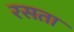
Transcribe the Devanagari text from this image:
रसता